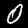
Digit: 0